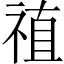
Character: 禃